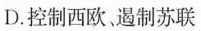
D. 控制西欧、遏制苏联